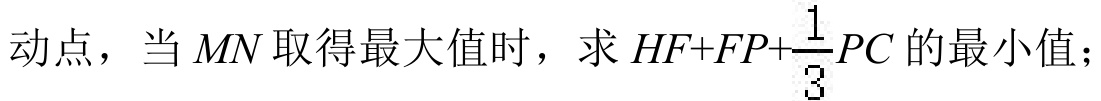
动点，当\(MN\)取得最大值时，求\(HF + FP+\frac{1}{3}PC\)的最小值；